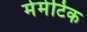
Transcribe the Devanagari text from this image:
मेमेटिक